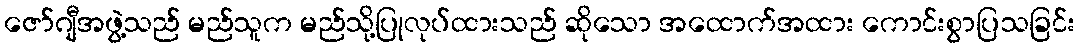
ဇော်ဂျီအဖွဲ့သည် မည်သူက မည်သို့ပြုလုပ်ထားသည် ဆိုသော အထောက်အထား ကောင်းစွာပြသခြင်း